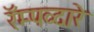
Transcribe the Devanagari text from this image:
रॅम्पव्दारे